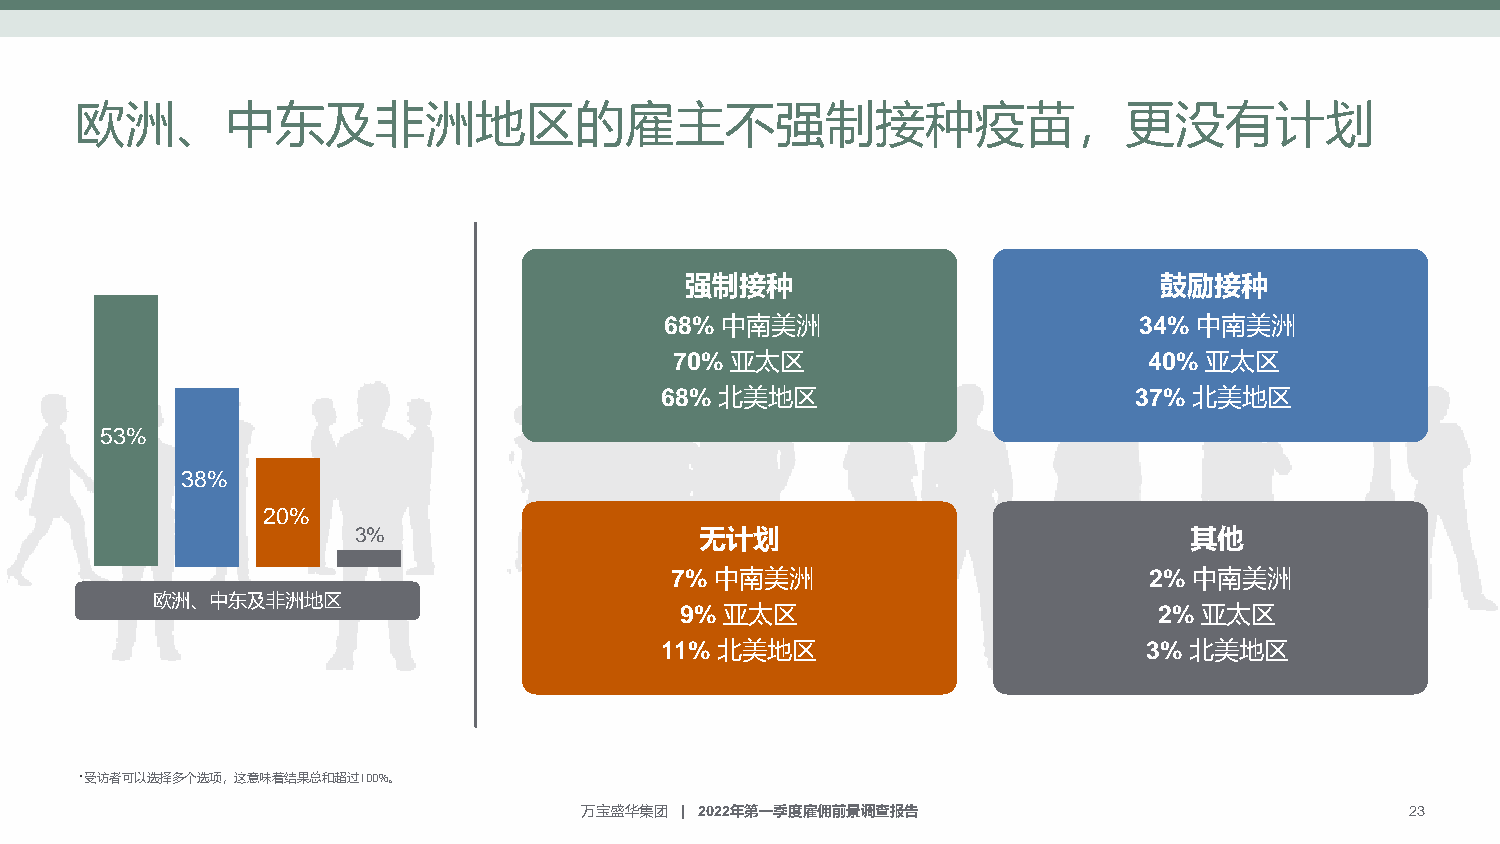
欧洲、中东及非洲地区的雇主不强制接种疫苗，更没有计划
 强制接种                            鼓励接种
 68% 中南美洲                       34% 中南美洲
 70% 亚太区                        40% 亚太区
 68% 北美地区                       37% 北美地区
 5530%%
 3383%%
 2200%%
 3%                     无计划                              其他
 7% 中南美洲                         2% 中南美洲
 欧洲、中东及非洲地区
 9% 亚太区                          2% 亚太区
 11% 北美地区                        3% 北美地区
 *受访者可以选择多个选项，这意味着结果总和超过100%。
 万宝盛华集团 | 2022年第一季度雇佣前景调查报告                             23